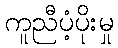
ကူညီပံ့ပိုးမှု